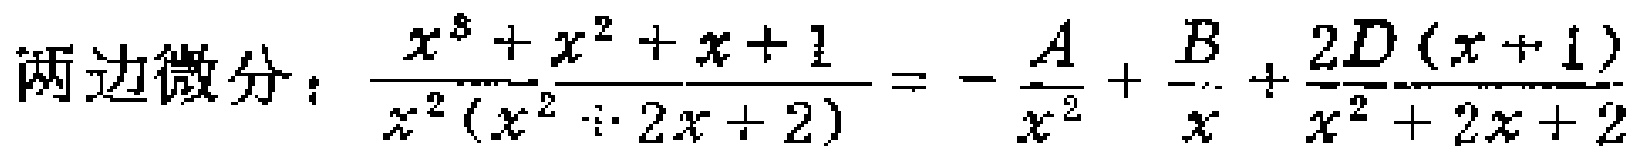
两边微分：\(\frac{x^{3}+x^{2}+x + 1}{x^{2}(x^{2}+2x + 2)}=-\frac{A}{x^{2}}+\frac{B}{x}+\frac{2D(x + 1)}{x^{2}+2x + 2}\)